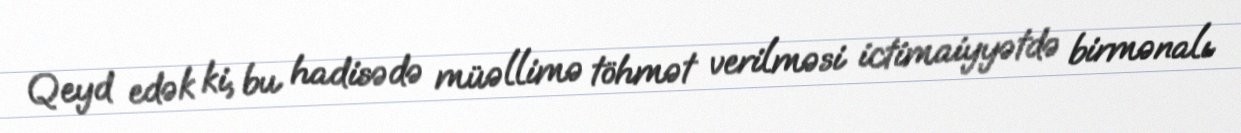
Qeyd edək ki, bu hadisədə müəllimə töhmət verilməsi ictimaiyyətdə birmənalı